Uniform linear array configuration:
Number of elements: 64
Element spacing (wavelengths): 0.75
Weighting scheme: uniform
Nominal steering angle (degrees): -30
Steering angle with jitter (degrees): -28.712
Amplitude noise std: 0.05
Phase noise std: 0.05

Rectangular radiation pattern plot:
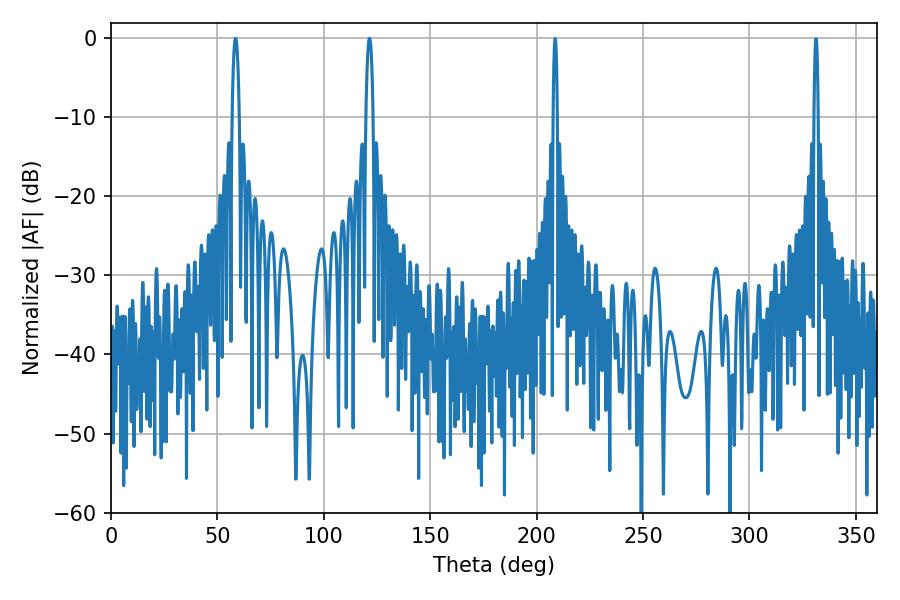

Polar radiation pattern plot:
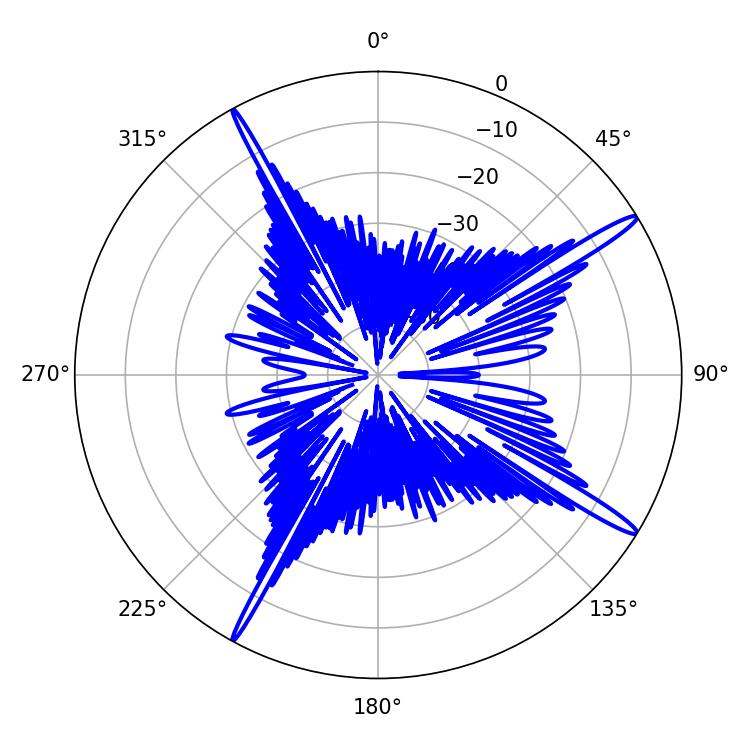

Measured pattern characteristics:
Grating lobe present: TRUE
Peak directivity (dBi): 16.481
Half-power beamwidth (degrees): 1.8
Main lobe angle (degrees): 121.5